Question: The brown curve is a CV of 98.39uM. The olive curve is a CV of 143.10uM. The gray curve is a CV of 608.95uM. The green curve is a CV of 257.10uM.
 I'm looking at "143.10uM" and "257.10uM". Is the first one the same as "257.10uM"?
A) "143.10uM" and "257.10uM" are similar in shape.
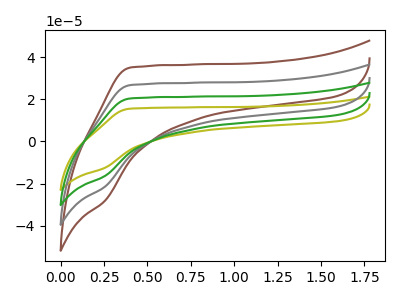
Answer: <think>The brown curve "98.39uM" has no peaks. The olive curve "143.10uM" has no peaks. The gray curve "608.95uM" has no peaks. The green curve "257.10uM" has no peaks.
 Neither "143.10uM" or "257.10uM" have any peaks.</think>
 <answer>A) "143.10uM" and "257.10uM" are similar in shape.</answer>
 <eval>A</eval>